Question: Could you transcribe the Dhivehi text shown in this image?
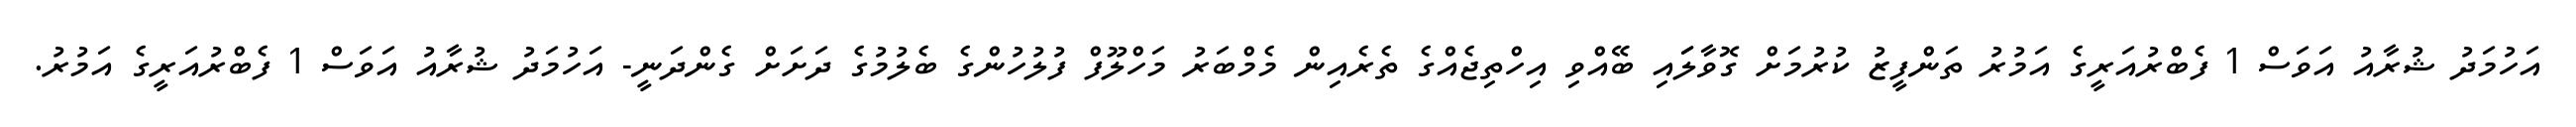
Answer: އަހުމަދު ޝުރާއު އަވަސް 1 ފެބްރުއަރީގެ އަމުރު ތަންފީޒު ކުރުމަށް ގޮވާލަައި ބޭއްވި އިހްތިޖެއްގެ ތެރެއިން މެމްބަރު މަހްލޫފް ފުލުހުންގެ ބެލުމުގެ ދަށަށް ގެންދަނީ- އަހުމަދު ޝުރާއު އަވަސް 1 ފެބްރުއަރީގެ އަމުރު.